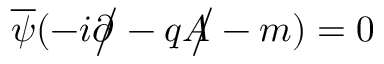
{ \overline { { \psi } } } ( - i { \partial \! \! \! { \big / } } - q { A \! \! \! { \big / } } - m ) = 0